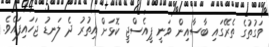
ވަގުތުގެ ތެރޭގައި ބާސާއިން ވަނީ ޕީއެސްޖީ ކޮޅަށް އިތުރު ދެ ލަނޑު ޖަހައިފައެވެ.